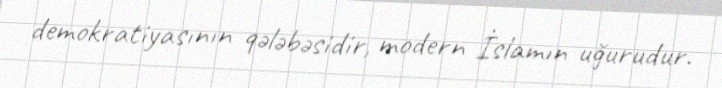
demokratiyasının qələbəsidir, modern İslamın uğurudur.